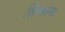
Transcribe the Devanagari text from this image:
सिन्कोना